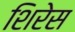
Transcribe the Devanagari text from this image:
शिरेस